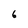
Character: 6